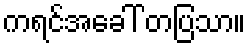
ကရင်အခေါ် တပြသာ။